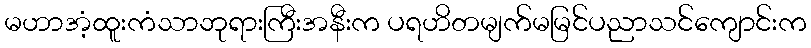
မဟာအံ့ထူးကံသာဘုရားကြီးအနီးက ပရဟိတမျက်မမြင်ပညာသင်ကျောင်းက